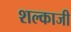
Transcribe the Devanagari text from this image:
शल्काजी